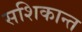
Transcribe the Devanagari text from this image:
सशिकान्त